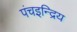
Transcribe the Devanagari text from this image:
पंचइन्द्रिय